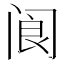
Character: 阆